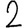
Digit: 2